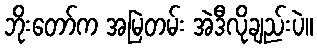
ဘိုးတော်က အမြဲတမ်း အဲဒီလိုချည်းပဲ။